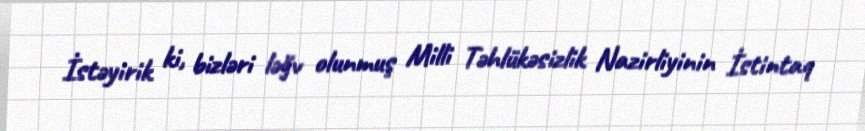
İstəyirik ki, bizləri ləğv olunmuş Milli Təhlükəsizlik Nazirliyinin İstintaq